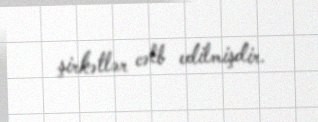
şirkətlər cəlb edilmişdir.